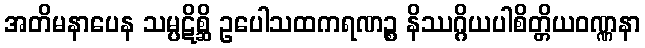
အတိမနာပေန သမ္ပဋိစ္ဆိ ဥပေါသထကရဏဉ္စ နိဿဂ္ဂိယပါစိတ္တိယဝဏ္ဏနာ